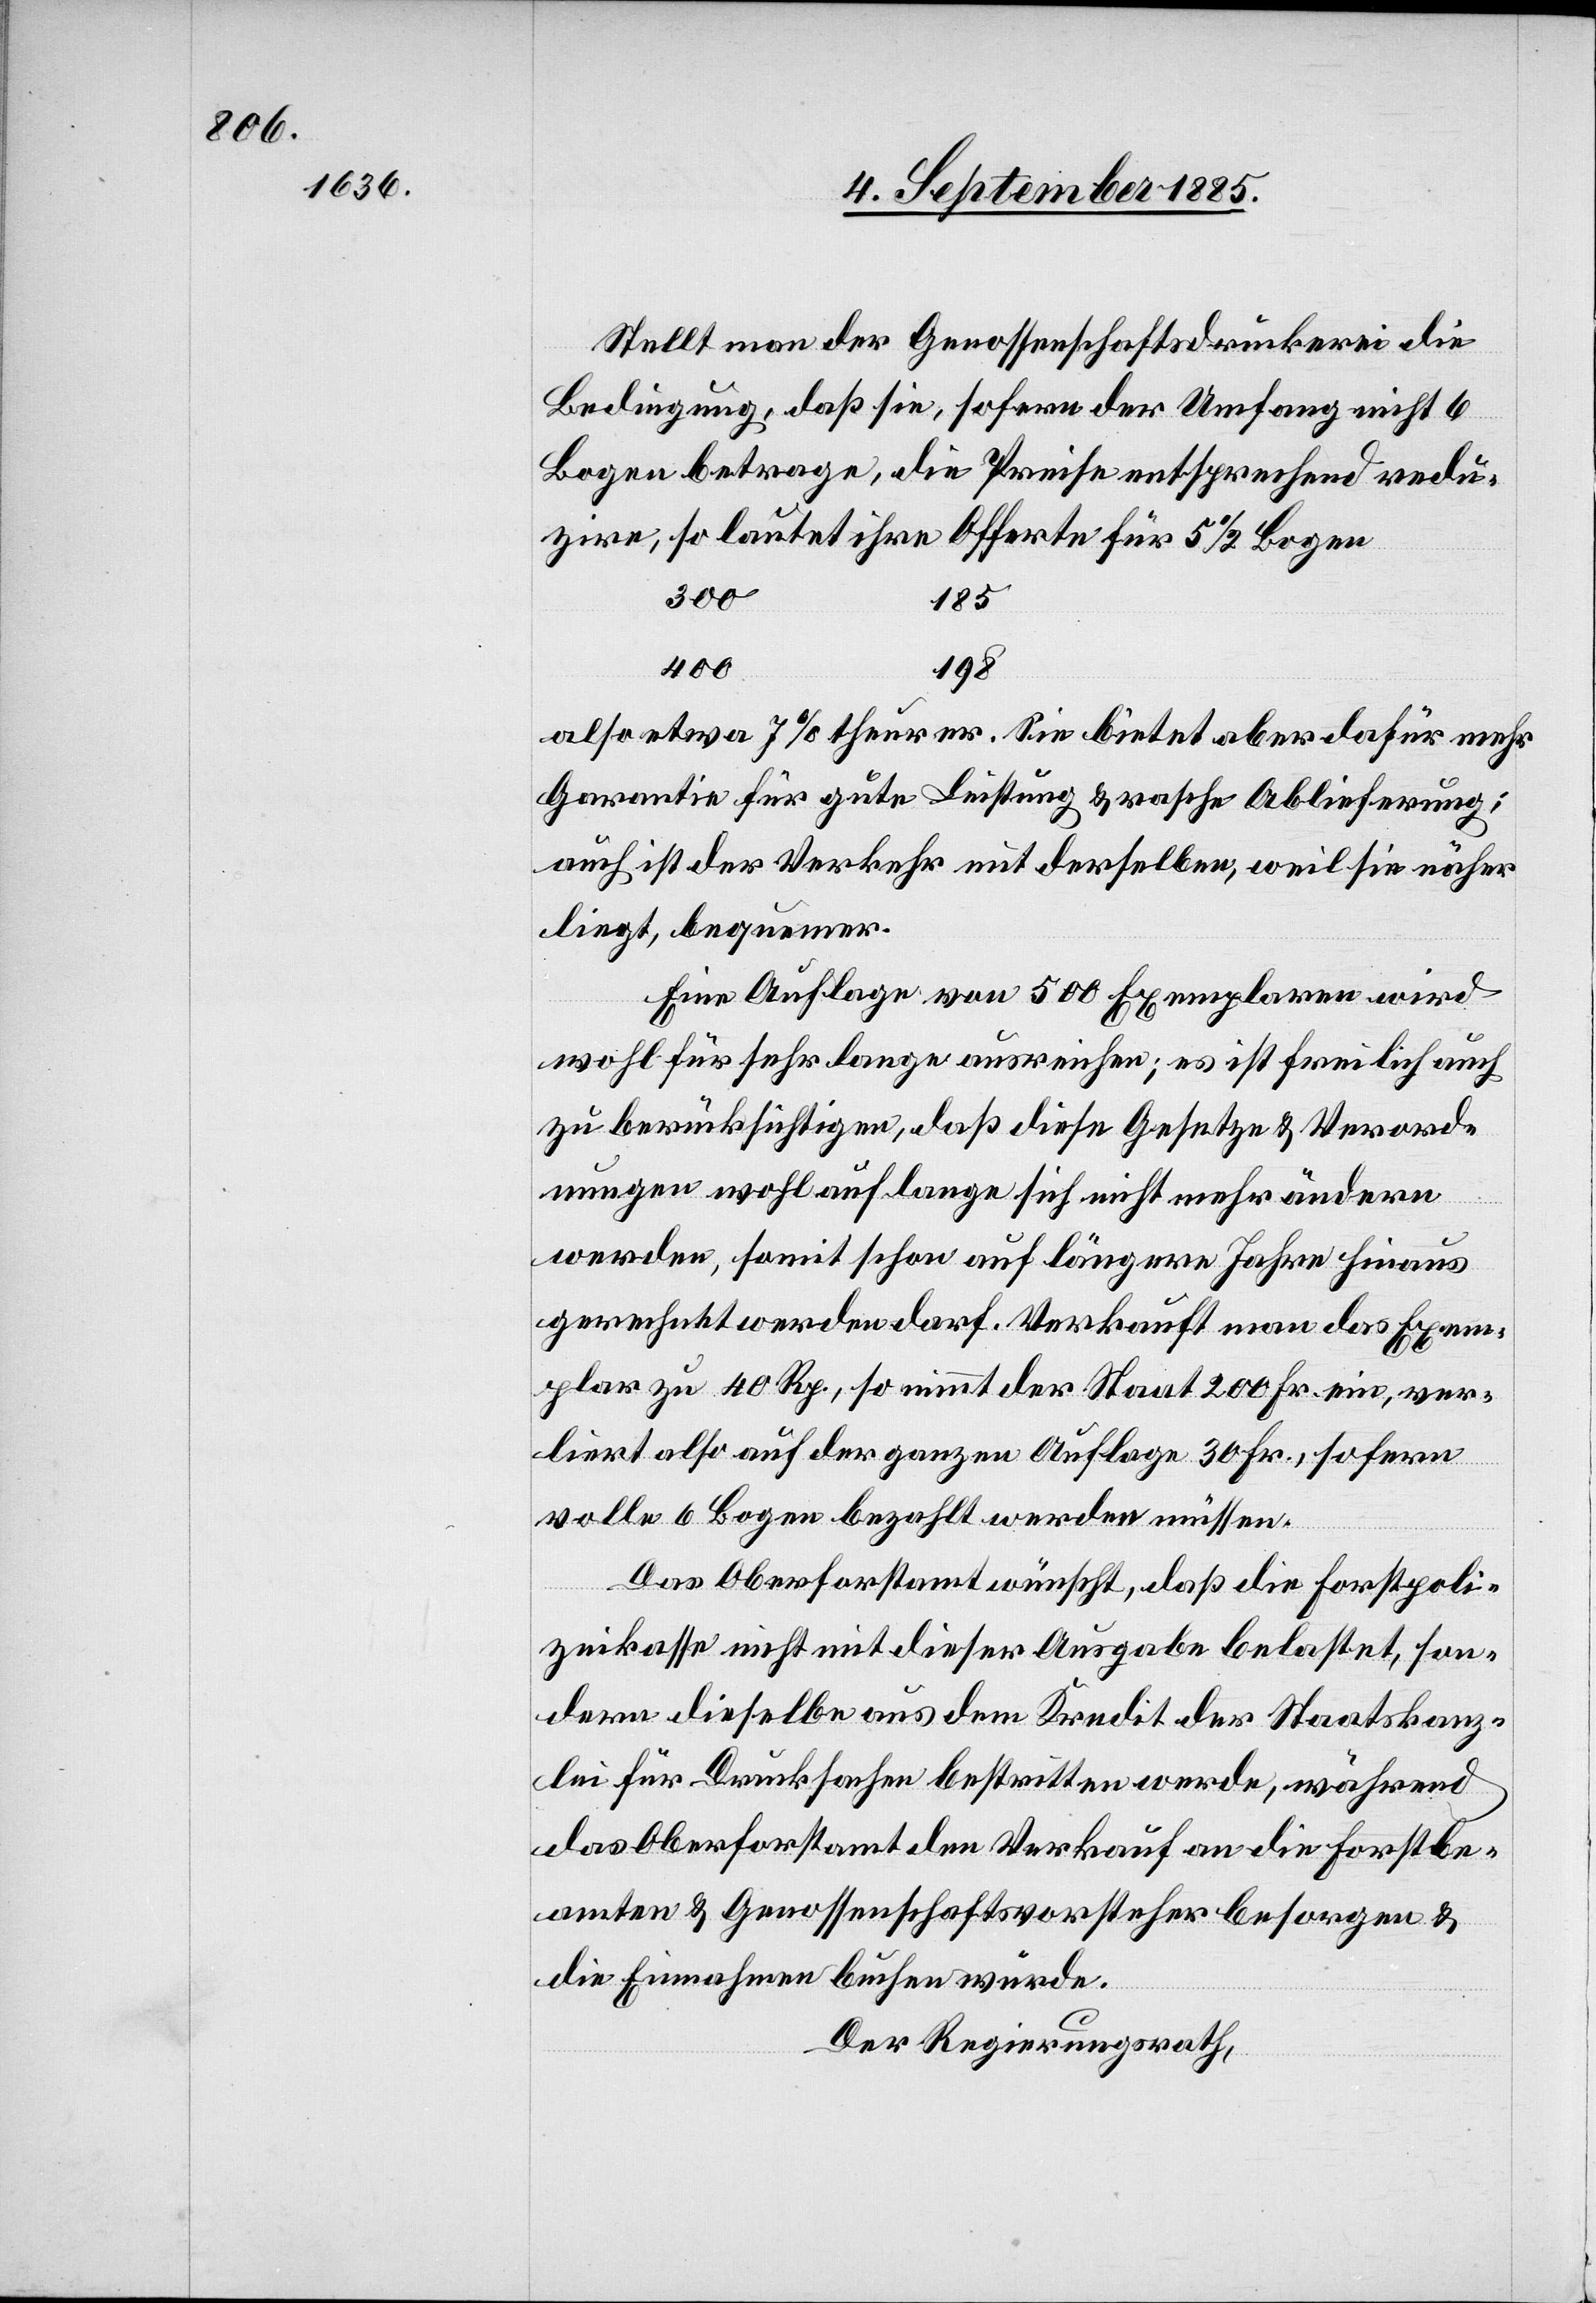
Stellt man der Genossenschaftsdruckerei die
Bedingung, daß sie, sofern der Umfang nicht 6
Bogen betrage, die Preise entsprechend redu¬
zire, so lautet ihre Offerte für 5 1/2 Bogen
300
185
400
198
also etwa 7% theurer. Sie bietet aber dafür mehr
Garantie für gute Leistung & rasche Ablieferung;
auch ist der Verkehr mit derselben, weil sie näher
liegt, bequemer.
Eine Auflage von 500 Exemplaren wird
wohl für sehr lange ausreichen; es ist freilich auch
zu berücksichtigen, daß diese Gesetze & Verord¬
nungen wohl auf lange sich nicht mehr ändern
werden, somit schon auf längere Jahre hinaus
gerechnet werden darf. Verkauft man das Exem¬
plar zu 40 Rp., so nimmt der Staat 200 Fr. ein, ver¬
liert also auf der ganzen Auflage 30 Fr., sofern
volle 6 Bogen bezahlt werden müssen.
Das Oberforstamt wünscht, daß die Forstpoli¬
zeikasse nicht mit dieser Ausgabe belastet, son¬
dern dieselbe aus dem Kredit der Staatskanz¬
lei für Drucksachen bestritten werde, während
das Oberforstamt den Verkauf an die Forstbe¬
amten & Genossenschaftsvorsteher besorgen &
die Einnahmen buchen würde.
Der Regierungsrath,